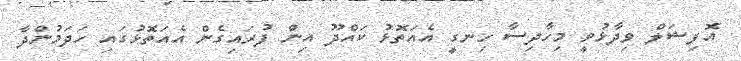
އޮފިޝަލް ވިދާޅުވީ މިހާދިސާ ހިނގީ އެއަތޮޅު ކައްދޫ އިން ފުރައިގެން އެއަތޮޅުގައި ހަދަމުންދާ